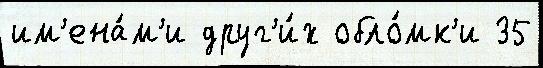
им'ена́м'и друг'и́х обло́мк'и 35